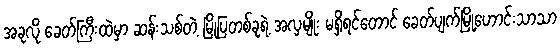
အခုလို ခေတ်ကြီးထဲမှာ ဆန်းသစ်တဲ့ မြို့ပြတစ်ခုရဲ့ အလှမျိုး မရှိရင်တောင် ခေတ်ပျက်မြို့ဟောင်းသာသာ